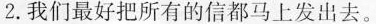
2.我们最好把所有的信都马上发出去。